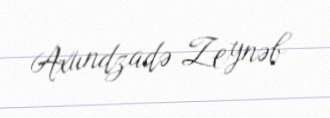
Axundzadə Zeynəb